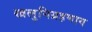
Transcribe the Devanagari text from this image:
खलुनिग्रहणाय